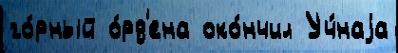
го́рный о́рд'ена око́нчил Уч́наjа